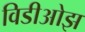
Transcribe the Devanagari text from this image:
विडीओझ